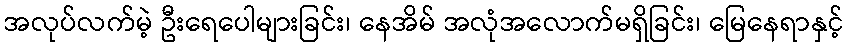
အလုပ်လက်မဲ့ ဦးရေပေါများခြင်း၊ နေအိမ် အလုံအလောက်မရှိခြင်း၊ မြေနေရာနှင့်